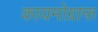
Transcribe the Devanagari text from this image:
कायमोग्राफ